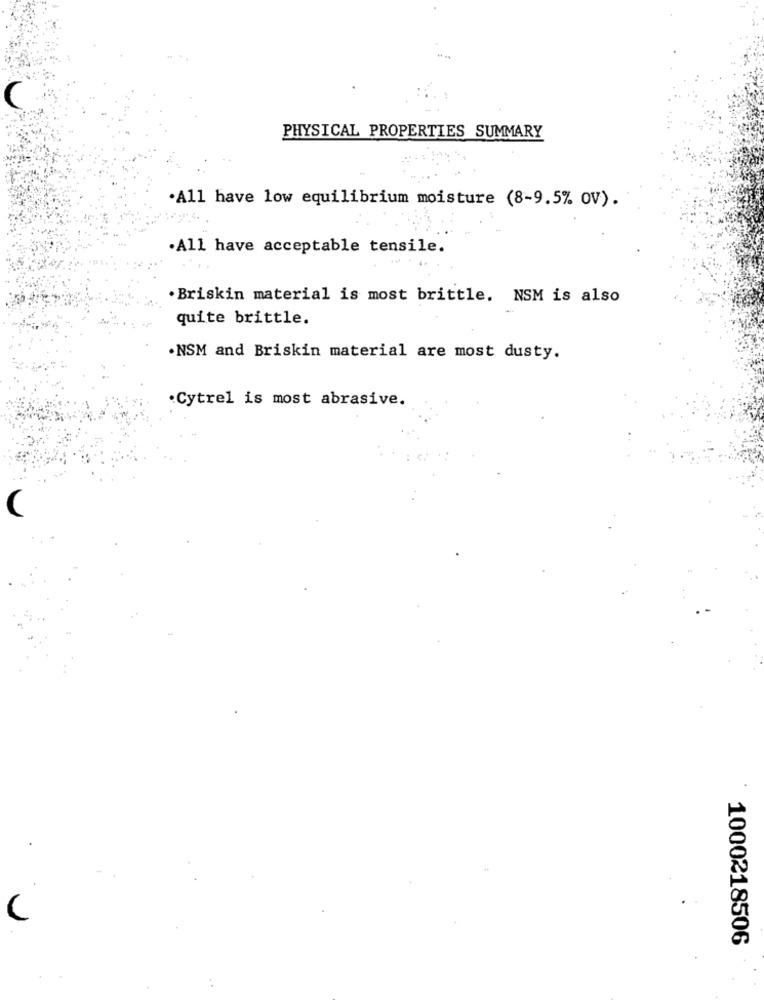
C
PHYSICAL PROPERTIES SUMMARY
·All have low equilibrium moisture (8-9.5% ov).
.All have acceptable tensile.
. Briskin material is most brittle. NSM is also
quite brittle.
·NSM and Briskin material are most dusty.
Cytrel is most abrasive.
(
1000218506